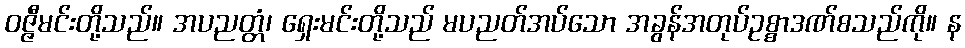
ဝဇ္ဇီမင်းတို့သည်။ အပညတ္တံ၊ ရှေးမင်းတို့သည် မပညတ်အပ်သော အခွန်အတုပ်ဥစ္စာဒဏ်စသည်ကို။ န